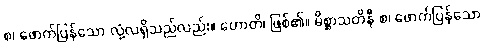
စ၊ ဖောက်ပြန်သော လုံ့လရှိသည်လည်း။ ဟောတိ၊ ဖြစ်၏။ မိစ္ဆာသတိနီ စ၊ ဖောက်ပြန်သော